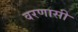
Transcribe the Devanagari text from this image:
वरणासी